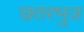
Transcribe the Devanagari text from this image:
छतरभुज